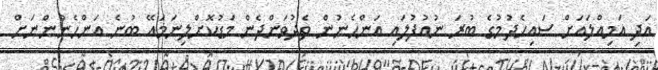
އަދި އަމިއްލައަށް ސައިހެދުމުގެ ބުރަ ނުއުފުލައި އަންހެނުން ތެދުވަންދެން މަޑުކޮށްލިނަމައޭ ބުނެ އަންހެނުންނަށް